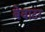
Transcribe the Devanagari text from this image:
बेवाटर